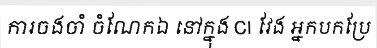
ការចងចាំ ចំណែកឯ នៅក្នុង CI វែង អ្នកបកប្រែ